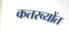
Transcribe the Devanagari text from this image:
कतरव्योंत